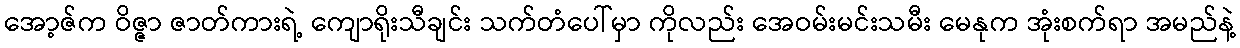
အော့ဇ်က ဝိဇ္ဇာ ဇာတ်ကားရဲ့ ကျောရိုးသီချင်း သက်တံပေါ်မှာ ကိုလည်း အေဝမ်းမင်းသမီး မေနုက အုံးစက်ရာ အမည်နဲ့